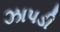
ઝાપડી